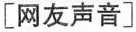
[网友声音]